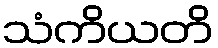
သံကိယတိ